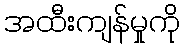
အထီးကျန်မှုကို